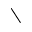
\setminus